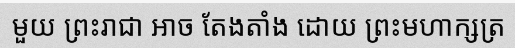
មួយ ព្រះរាជា អាច តែងតាំង ដោយ ព្រះមហាក្សត្រ